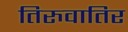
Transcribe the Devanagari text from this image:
तिरुवातिर